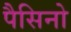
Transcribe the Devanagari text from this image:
पैसिनो